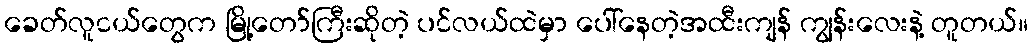
ခေတ်လူငယ်တွေက မြို့တော်ကြီးဆိုတဲ့ ပင်လယ်ထဲမှာ ပေါ်နေတဲ့အထီးကျန် ကျွန်းလေးနဲ့ တူတယ်။